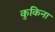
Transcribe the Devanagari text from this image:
कुकिना